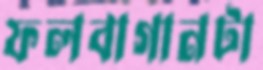
ফলবাগানটা